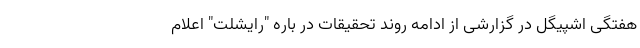
هفتگی اشپیگل در گزارشی از ادامه روند تحقیقات در باره "رایشلت" اعلام